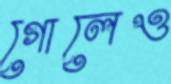
গোলেও